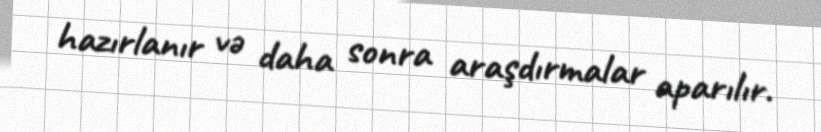
hazırlanır və daha sonra araşdırmalar aparılır.